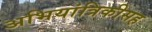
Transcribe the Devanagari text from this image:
अभियांत्रिकीसह